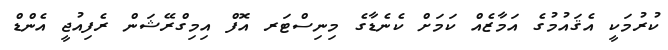
ކުރުމަކީ އެޤައުމުގެ އަމާޒެއް ކަމަށް ކެނެޑާގެ މިނިސްޓަރ އޮފް އިމިގްރޭޝަން ރެފިއުޖީ އެންޑް